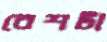
রেশটা